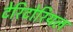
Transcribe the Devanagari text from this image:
टेरिटोरियल